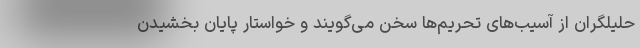
حلیلگران از آسیب‌های تحریم‌ها سخن می‌گویند و خواستار پایان بخشیدن